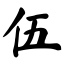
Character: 伍